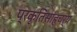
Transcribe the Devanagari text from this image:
प्रकृतिसाहचर्य